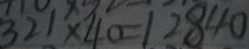
3 2 1 \times 4 0 = 1 2 8 4 0